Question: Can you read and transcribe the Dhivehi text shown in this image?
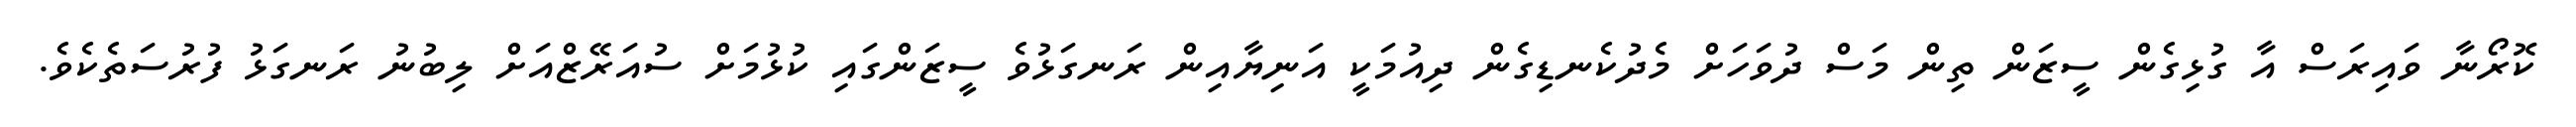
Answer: ކޮރޯނާ ވައިރަސް އާ ގުޅިގެން ސީޒަން ތިން މަސް ދުވަހަށް މެދުކެނޑިގެން ދިއުމަކީ އަނިޔާއިން ރަނގަޅުވެ ސީޒަންގައި ކުޅުމަށް ސުއަރޭޒްއަށް ލިބުނު ރަނގަޅު ފުރުސަތެކެވެ.